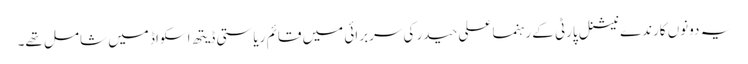
یہ دونوں کارندے نیشنل پارٹی کے رہنما علی حیدر کی سربرائی میں قائم ریاستی ڈیتھ اسکواڈ میں شامل تھے۔